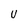
Character: U